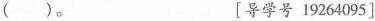
( )。 [导学号19264095]